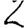
Digit: 2